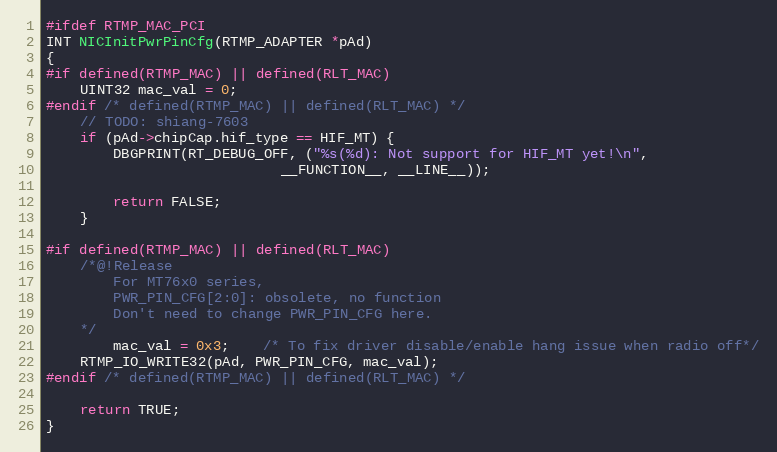
Language: C
#ifdef RTMP_MAC_PCI
INT NICInitPwrPinCfg(RTMP_ADAPTER *pAd)
{
#if defined(RTMP_MAC) || defined(RLT_MAC)
	UINT32 mac_val = 0;
#endif /* defined(RTMP_MAC) || defined(RLT_MAC) */
	// TODO: shiang-7603
	if (pAd->chipCap.hif_type == HIF_MT) {
		DBGPRINT(RT_DEBUG_OFF, ("%s(%d): Not support for HIF_MT yet!\n",
							__FUNCTION__, __LINE__));

		return FALSE;
	}

#if defined(RTMP_MAC) || defined(RLT_MAC)
	/*@!Release
		For MT76x0 series,
		PWR_PIN_CFG[2:0]: obsolete, no function
		Don't need to change PWR_PIN_CFG here.
	*/
		mac_val = 0x3;	/* To fix driver disable/enable hang issue when radio off*/
	RTMP_IO_WRITE32(pAd, PWR_PIN_CFG, mac_val);
#endif /* defined(RTMP_MAC) || defined(RLT_MAC) */

	return TRUE;
}